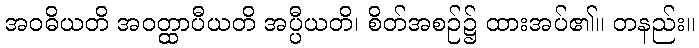
အဝဓိယတိ အဝတ္ထာပီယတိ အပ္ပီယတိ၊ စိတ်အစဉ်၌ ထားအပ်၏။ တနည်း။